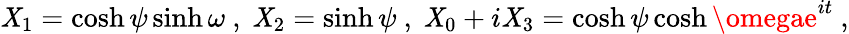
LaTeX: \mathit{X}_{1}=\cosh\psi\sinh\omega~,~\mathit{X}_{2}=\sinh\psi~,~\mathit{X}_{0}+i\mathit{X}_{3}=\cosh\psi\cosh\omegae^{it}~,